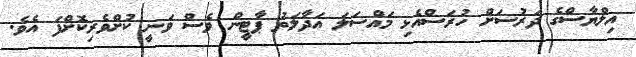
އިލްޔާސްގެ ދަރުސަށް ހުރަސްއެޅި މައްސަލަ އަދާލަތު ޕާޓީން ވެސް ވަނީ ކުށްވެރިކޮށްފަ އެވެ.